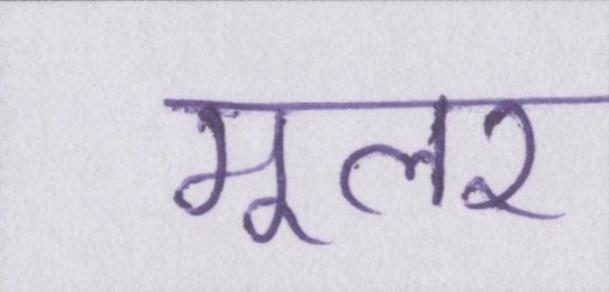
मूलर